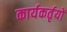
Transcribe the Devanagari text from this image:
कार्यकर्तृयों